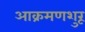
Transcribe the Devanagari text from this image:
आक्रमणशुरू